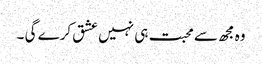
وہ مجھ سے محبت ہی نہیں عشق کرے گی ۔